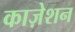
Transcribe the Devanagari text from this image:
काज़ेशन